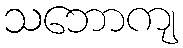
သဘောကျ